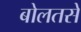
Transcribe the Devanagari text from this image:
बोलतसे